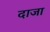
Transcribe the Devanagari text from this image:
दाजा